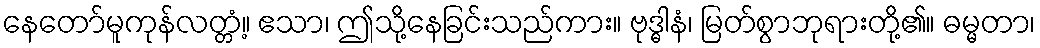
နေတော်မူကုန်လတ္တံ့။ ဧသာ၊ ဤသို့နေခြင်းသည်ကား။ ဗုဒ္ဓါနံ၊ မြတ်စွာဘုရားတို့၏။ ဓမ္မတာ၊